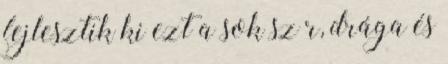
fejlesztik ki ezt a sok sz r, drága és